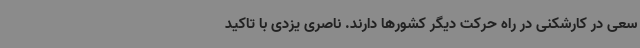
سعی در کارشکنی در راه حرکت دیگر کشورها دارند. ناصری یزدی با تاکید